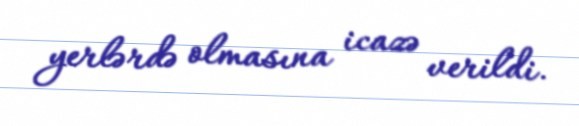
yerlərdə olmasına icazə verildi.